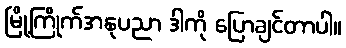
မြို့ကြိုက်အနုပညာ ဒါကို ပြောချင်တာပါ။